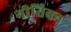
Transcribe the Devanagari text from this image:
नीतिका